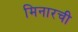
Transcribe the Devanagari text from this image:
मिनारची